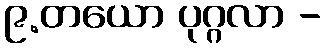
၉.တယော ပုဂ္ဂလာ -